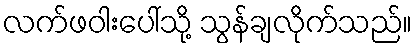
လက်ဖဝါးပေါ်သို့ သွန်ချလိုက်သည်။